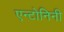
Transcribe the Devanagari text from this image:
एन्टोनिनी